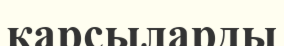
қарсыларды